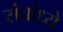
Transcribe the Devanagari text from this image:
संचांध्ये